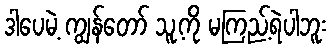
ဒါပေမဲ့ ကျွန်တော် သူ့ကို မကြည့်ရဲပါဘူး